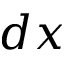
\boldsymbol { d x }